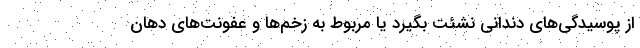
از پوسیدگی‌های دندانی نشئت بگیرد یا مربوط به زخم‌ها و عفونت‌های دهان